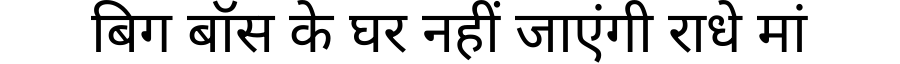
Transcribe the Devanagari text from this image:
बिग बॉस के घर नहीं जाएंगी राधे मां